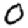
Digit: 0